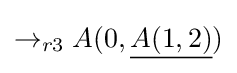
\rightarrow _{r3}A(0,{\underline {A(1,2)}})